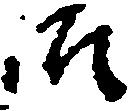
御